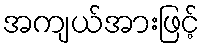
အကျယ်အားဖြင့်